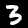
Digit: 3